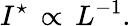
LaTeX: I^{\star}\, \propto\, L^{-1}.